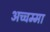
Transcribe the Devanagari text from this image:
अच्चम्मा